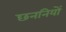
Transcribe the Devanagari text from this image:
छननियों